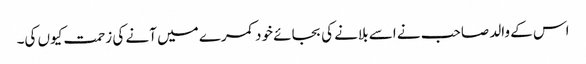
اس کے والد صاحب نے اسے بلانے کی بجائے خود کمرے میں آنے کی زحمت کیوں کی۔